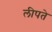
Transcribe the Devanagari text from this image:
लीपते